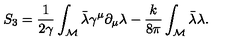
S _ { 3 } = \frac { 1 } { 2 \gamma } \int _ { \cal M } \bar { \lambda } \gamma ^ { \mu } \partial _ { \mu } \lambda - \frac { k } { 8 \pi } \int _ { \cal M } \bar { \lambda } \lambda .